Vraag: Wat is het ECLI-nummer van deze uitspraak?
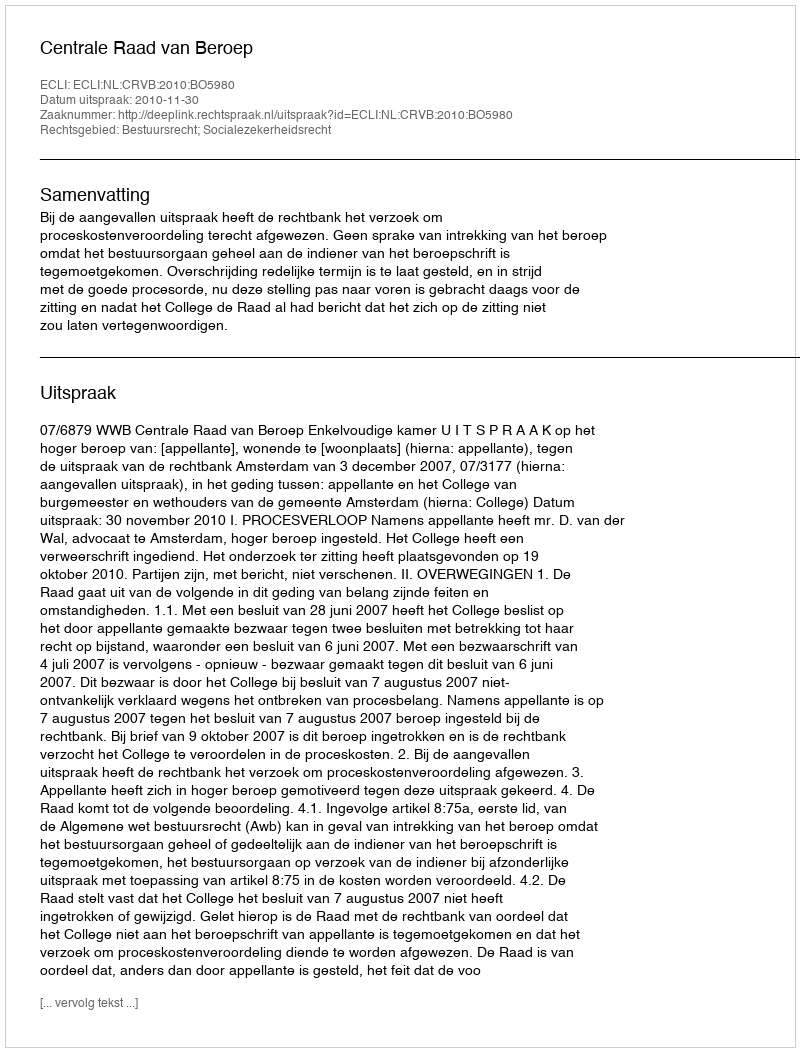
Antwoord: ECLI:NL:CRVB:2010:BO5980